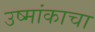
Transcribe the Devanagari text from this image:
उष्मांकाचा